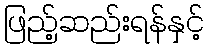
ဖြည့်ဆည်းရန်နှင့်